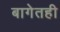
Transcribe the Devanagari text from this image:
बागेतही